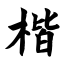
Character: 楷